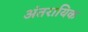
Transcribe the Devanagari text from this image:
अंतरायिक